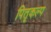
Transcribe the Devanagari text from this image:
पितृकल्प